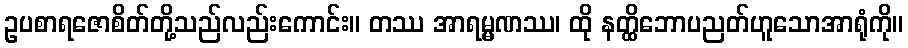
ဥပစာရဇောစိတ်တို့သည်လည်းကောင်း။ တဿ အာရမ္မဏဿ၊ ထို နတ္ထိဘောပညတ်ဟူသောအာရုံကို။